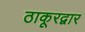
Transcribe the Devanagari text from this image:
ठाकूरद्वार